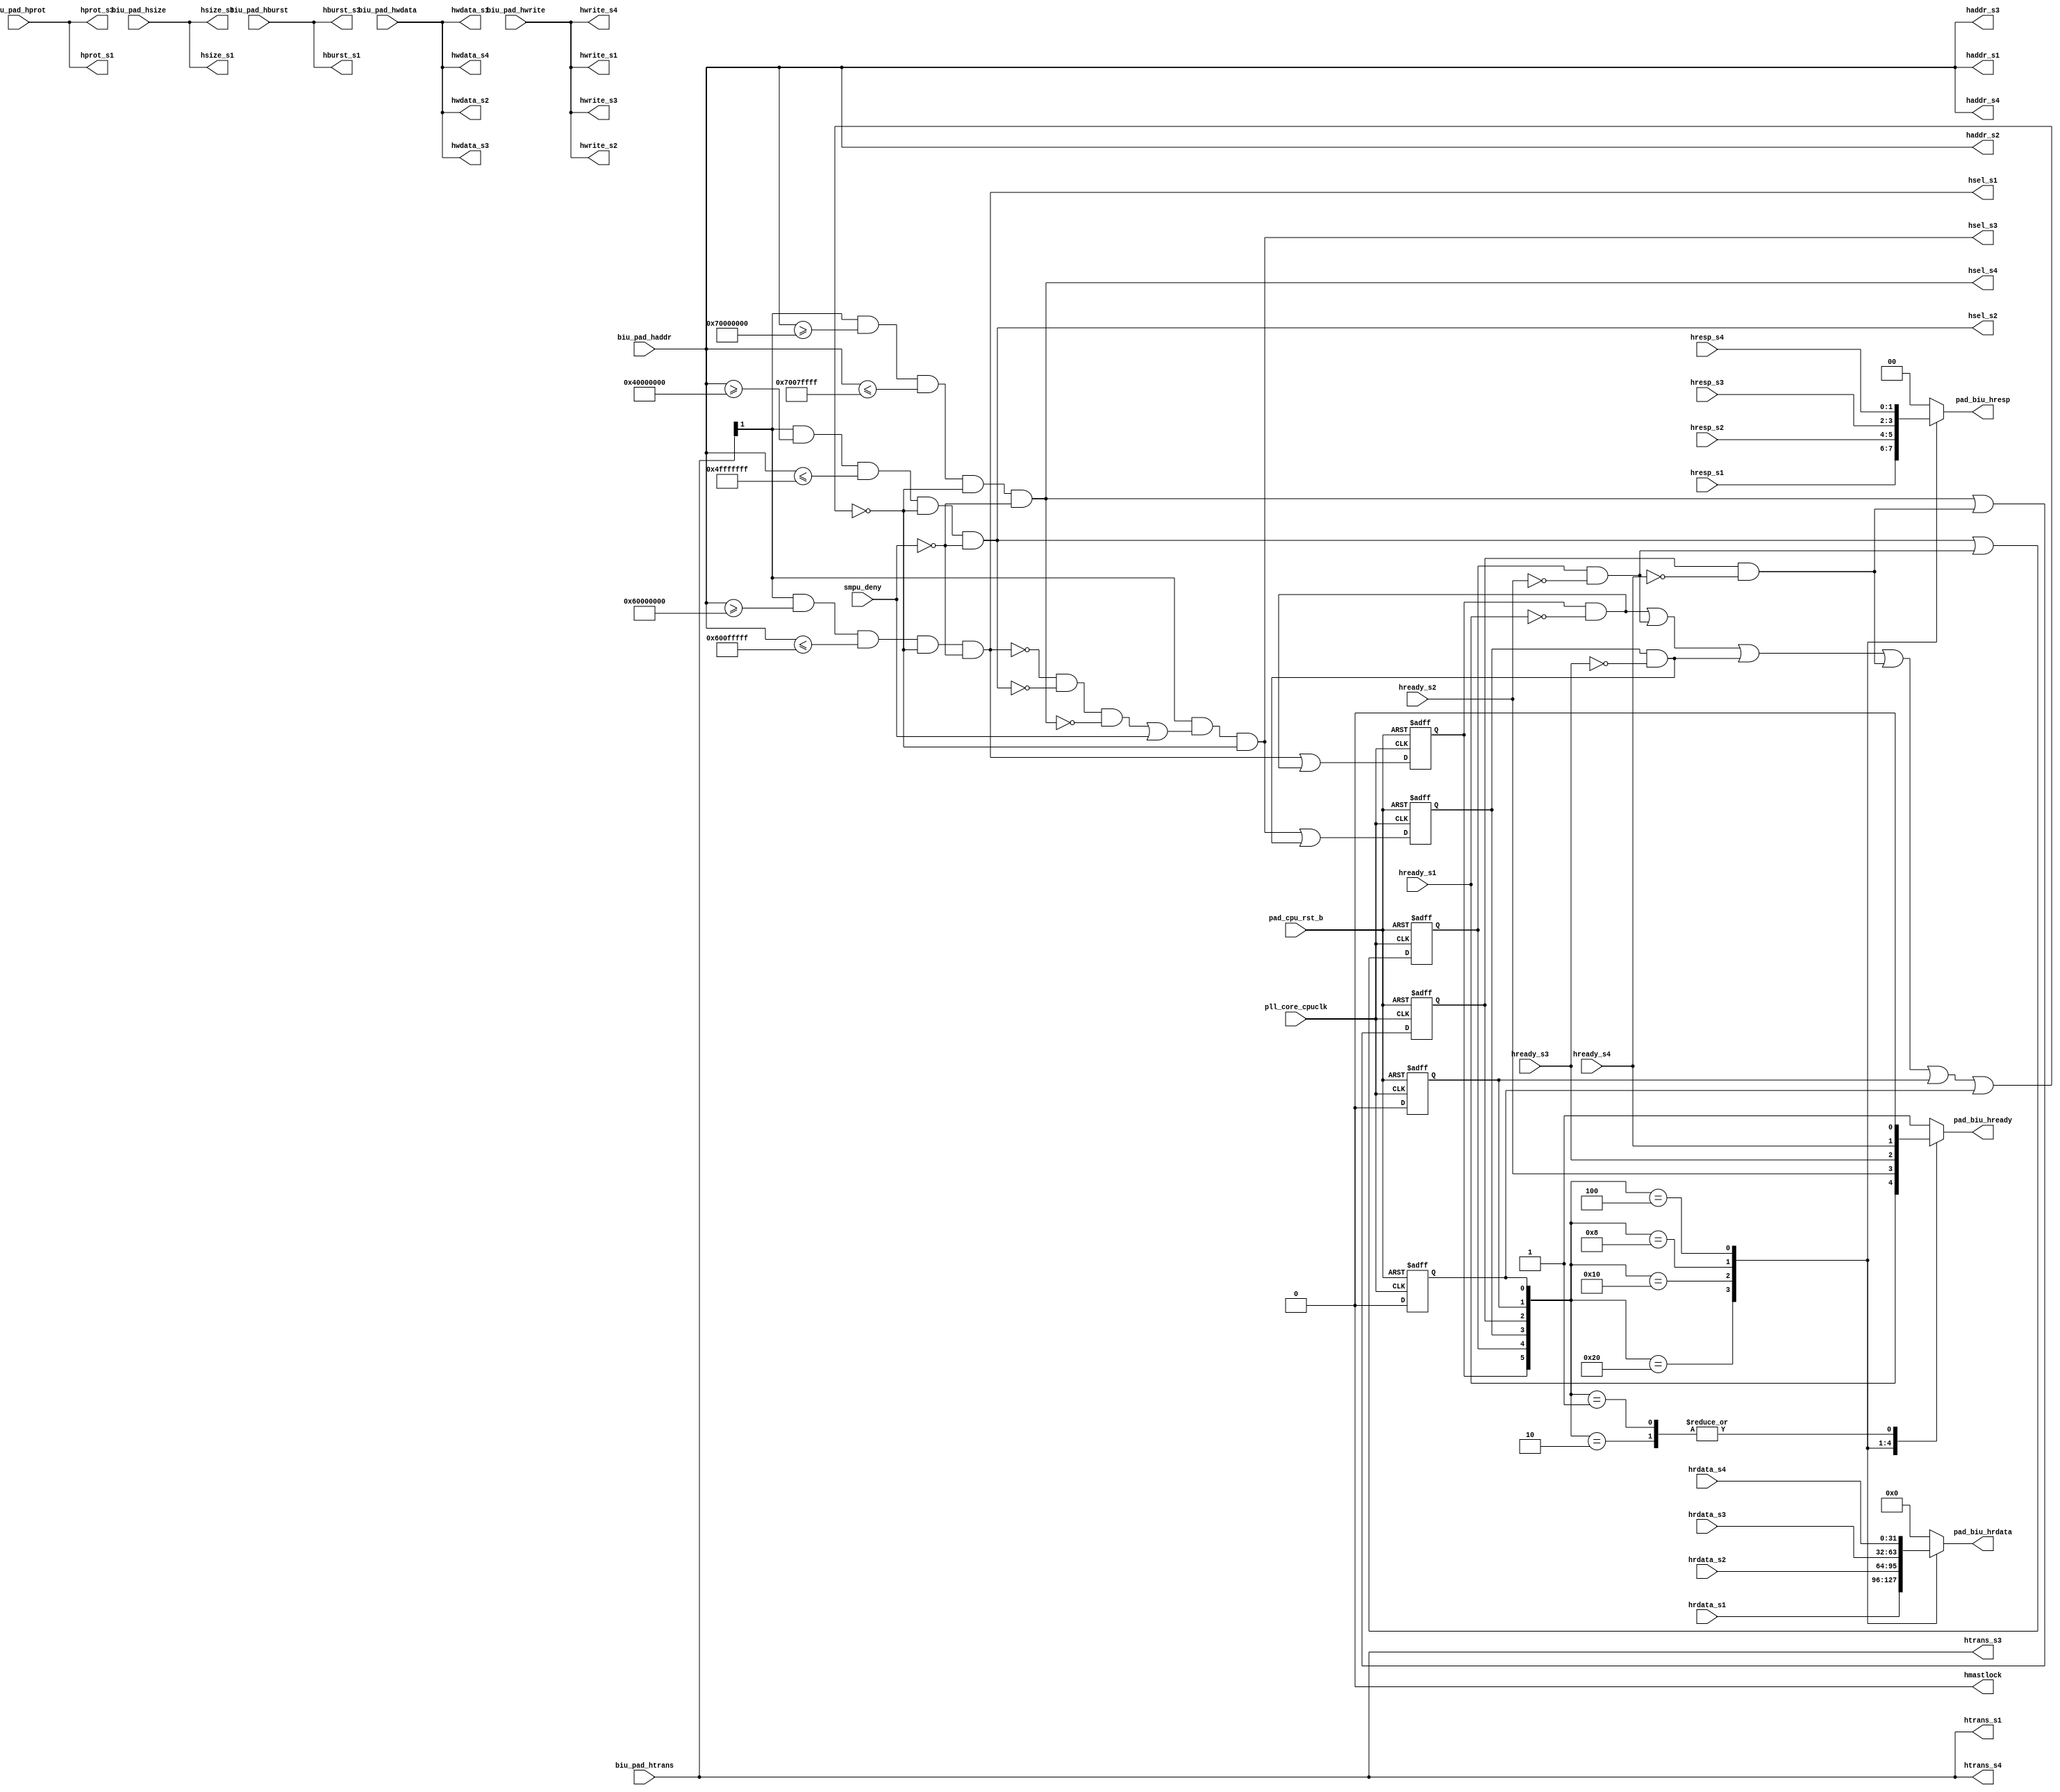
/*Copyright 2020-2021 T-Head Semiconductor Co., Ltd.

Licensed under the Apache License, Version 2.0 (the "License");
you may not use this file except in compliance with the License.
You may obtain a copy of the License at

    http://www.apache.org/licenses/LICENSE-2.0

Unless required by applicable law or agreed to in writing, software
distributed under the License is distributed on an "AS IS" BASIS,
WITHOUT WARRANTIES OR CONDITIONS OF ANY KIND, either express or implied.
See the License for the specific language governing permissions and
limitations under the License.
*/

//SYS MEM
`define S1_BASE_START 32'h60000000
`define S1_BASE_END   32'h600fffff
//APB
`define S2_BASE_START 32'h40000000
`define S2_BASE_END   32'h4fffffff

//IMEM
//`define S6_BASE_START 32'h00000000
`define S6_BASE_START 32'h00000000 //32'h1000_0000
`define S6_BASE_END   32'h0004ffff

//Flash VMA for downloading expalined by @Li Bingzheng 20240418.
`define S4_BASE_START 32'h70000000
`define S4_BASE_END   32'h7007ffff
//DMEM
`define S5_BASE_START 32'h20000000
`define S5_BASE_END   32'h2007ffff

// &Depend("environment.h"); @35
// &ModuleBeg; @36
module ahb(
  biu_pad_haddr,
  biu_pad_hburst,
  biu_pad_hprot,
  biu_pad_hsize,
  biu_pad_htrans,
  biu_pad_hwdata,
  biu_pad_hwrite,
  haddr_s1,
  haddr_s2,
  haddr_s3,
  haddr_s4,
  hburst_s1,
  hburst_s3,
  hmastlock,
  hprot_s1,
  hprot_s3,
  hrdata_s1,
  hrdata_s2,
  hrdata_s3,
  hrdata_s4,
  hready_s1,
  hready_s2,
  hready_s3,
  hready_s4,
  hresp_s1,
  hresp_s2,
  hresp_s3,
  hresp_s4,
  hsel_s1,
  hsel_s2,
  hsel_s3,
  hsel_s4,
  hsize_s1,
  hsize_s3,
  htrans_s1,
  htrans_s3,
  htrans_s4,
  hwdata_s1,
  hwdata_s2,
  hwdata_s3,
  hwdata_s4,
  hwrite_s1,
  hwrite_s2,
  hwrite_s3,
  hwrite_s4,
  pad_biu_hrdata,
  pad_biu_hready,
  pad_biu_hresp,
  pad_cpu_rst_b,
  pll_core_cpuclk,
  smpu_deny
);

// &Ports; @37
input   [31:0]  biu_pad_haddr;  
input   [2 :0]  biu_pad_hburst; 
input   [3 :0]  biu_pad_hprot;  
input   [2 :0]  biu_pad_hsize;  
input   [1 :0]  biu_pad_htrans; 
input   [31:0]  biu_pad_hwdata; 
input           biu_pad_hwrite; 
input   [31:0]  hrdata_s1;      
input   [31:0]  hrdata_s2;      
input   [31:0]  hrdata_s3;
input	[31:0]	hrdata_s4;      
input           hready_s1;      
input           hready_s2;      
input           hready_s3;
input           hready_s4;      
input   [1 :0]  hresp_s1;       
input   [1 :0]  hresp_s2;       
input   [1 :0]  hresp_s3; 
input   [1 :0]  hresp_s4;      
input           pad_cpu_rst_b;  
input           pll_core_cpuclk; 
input           smpu_deny;      
output  [31:0]  haddr_s1;       
output  [31:0]  haddr_s2;       
output  [31:0]  haddr_s3;
output  [31:0]	haddr_s4;       
output  [2 :0]  hburst_s1;      
output  [2 :0]  hburst_s3;      
output          hmastlock;      
output  [3 :0]  hprot_s1;       
output  [3 :0]  hprot_s3;       
output          hsel_s1;        
output          hsel_s2;        
output          hsel_s3; 
output          hsel_s4;       
output  [2 :0]  hsize_s1;       
output  [2 :0]  hsize_s3;      
output  [1 :0]  htrans_s1;      
output  [1 :0]  htrans_s3;
output  [1 :0]  htrans_s4;      
output  [31:0]  hwdata_s1;      
output  [31:0]  hwdata_s2;      
output  [31:0]  hwdata_s3;
output  [31:0]  hwdata_s4;      
output          hwrite_s1;      
output          hwrite_s2;      
output          hwrite_s3;
output 		hwrite_s4;      
output  [31:0]  pad_biu_hrdata; 
output          pad_biu_hready; 
output  [1 :0]  pad_biu_hresp;  

// &Regs; @38
reg             busy_s1;        
reg             busy_s2;        
reg             busy_s3;        
reg             busy_s4;        
reg             busy_s5;
reg		busy_s6;        
reg     [31:0]  pad_biu_hrdata; 
reg             pad_biu_hready; 
reg     [1 :0]  pad_biu_hresp;  

// &Wires; @39
wire            arb_block;      
wire    [31:0]  biu_pad_haddr;  
wire    [2 :0]  biu_pad_hburst; 
wire    [3 :0]  biu_pad_hprot;  
wire    [2 :0]  biu_pad_hsize;  
wire    [1 :0]  biu_pad_htrans; 
wire    [31:0]  biu_pad_hwdata; 
wire            biu_pad_hwrite; 
wire    [31:0]  haddr_s1;       
wire    [31:0]  haddr_s2;       
wire    [31:0]  haddr_s3; 
wire	[31:0]  haddr_s4;      
wire    [2 :0]  hburst_s1;      
wire    [2 :0]  hburst_s2;      
wire    [2 :0]  hburst_s3;    
wire            hmastlock;      
wire    [3 :0]  hprot_s1;       
wire    [3 :0]  hprot_s2;       
wire    [3 :0]  hprot_s3;       
wire    [31:0]  hrdata_s1;      
wire    [31:0]  hrdata_s2;      
wire    [31:0]  hrdata_s3;      
wire    [31:0]  hrdata_s4;      
wire    [31:0]  hrdata_s5;
wire    [31:0]  hrdata_s6;    
wire            hready_s1;      
wire            hready_s2;      
wire            hready_s3;      
wire            hready_s4;      
wire            hready_s5;
wire            hready_s6;      
wire    [1 :0]  hresp_s1;       
wire    [1 :0]  hresp_s2;       
wire    [1 :0]  hresp_s3;       
wire    [1 :0]  hresp_s4;       
wire    [1 :0]  hresp_s5; 
wire 	[1 :0]  hresp_s6;    
wire            hsel_s1;        
wire            hsel_s2;        
wire            hsel_s3;        
wire            hsel_s4;        
wire            hsel_s5;
wire		hsel_s6;        
wire    [2 :0]  hsize_s1;       
wire    [2 :0]  hsize_s2;       
wire    [2 :0]  hsize_s3; 
wire    [2 :0]  hsize_s4;      
wire    [1 :0]  htrans_s1;      
wire    [1 :0]  htrans_s2;      
wire    [1 :0]  htrans_s3;
wire    [1 :0]  htrans_s4;      
wire    [31:0]  hwdata_s1;      
wire    [31:0]  hwdata_s2;      
wire    [31:0]  hwdata_s3;
wire    [31:0]  hwdata_s4;      
wire            hwrite_s1;      
wire            hwrite_s2;      
wire            hwrite_s3;
wire		hwrite_s4;      
wire            pad_cpu_rst_b;  
wire            pll_core_cpuclk; 
wire            pre_busy_s1;    
wire            pre_busy_s2;    
wire            pre_busy_s3;    
wire            pre_busy_s4;    
wire            pre_busy_s5;
wire		pre_busy_s6;    
wire            smpu_deny;      




// Support AHB LITE
assign    hmastlock            =    1'b0; 
// &Force("input","biu_pad_hbusreq"); @48

assign    haddr_s1[31:0]       =    biu_pad_haddr[31:0];  
assign    hburst_s1[2:0]       =    biu_pad_hburst[2:0]; 
assign    hprot_s1[3:0]        =    biu_pad_hprot[3:0];  
assign    hsize_s1[2:0]        =    biu_pad_hsize[2:0];  
assign    htrans_s1[1:0]       =    biu_pad_htrans[1:0]; 
assign    hwrite_s1            =    biu_pad_hwrite; 
assign    hwdata_s1[31:0]      =    biu_pad_hwdata[31:0]; 

assign    haddr_s2[31:0]       =    biu_pad_haddr[31:0];  
assign    hburst_s2[2:0]       =    biu_pad_hburst[2:0]; 
assign    hprot_s2[3:0]        =    biu_pad_hprot[3:0];  
assign    hsize_s2[2:0]        =    biu_pad_hsize[2:0];  
assign    htrans_s2[1:0]       =    biu_pad_htrans[1:0]; 
assign    hwrite_s2            =    biu_pad_hwrite; 
assign    hwdata_s2[31:0]      =    biu_pad_hwdata[31:0]; 
// &Force("nonport","hburst_s2"); @68
// &Force("nonport","hsize_s2"); @69
// &Force("nonport","htrans_s2"); @70
// &Force("nonport","hprot_s2"); @71
// &Force("bus","biu_pad_hprot",3,0); @72

assign    haddr_s3[31:0]       =    biu_pad_haddr[31:0];  
assign    hburst_s3[2:0]       =    biu_pad_hburst[2:0]; 
assign    hprot_s3[3:0]        =    biu_pad_hprot[3:0];  
assign    hsize_s3[2:0]        =    biu_pad_hsize[2:0];  
assign    htrans_s3[1:0]       =    biu_pad_htrans[1:0]; 
assign    hwrite_s3            =    biu_pad_hwrite; 
assign    hwdata_s3[31:0]      =    biu_pad_hwdata[31:0]; 

assign    hwdata_s4[31:0]      =    biu_pad_hwdata[31:0];
assign    hwrite_s4	       =    biu_pad_hwrite;
assign    htrans_s4[1:0]       =    biu_pad_htrans[1:0];
assign    haddr_s4[31:0]       =    biu_pad_haddr[31:0];
// &Force("output","hsel_s4"); @95

assign    hready_s5            =    1'b0;
assign    hrdata_s5[31:0]      =    32'b0;
assign    hresp_s5[1:0]        =    2'b0;

// &Force("output","hsel_s5"); @113

assign 	  hready_s6	       =     1'b0;
assign	  hrdata_s6[31:0]      =     32'b0;
assign    hresp_s6[1:0]        =     2'b0;

// &Force("output","hsel_s1"); @117
// &Force("output","hsel_s2"); @118
// &Force("output","hsel_s3"); @119

assign    hsel_s1 = (biu_pad_htrans[1]==1'b1) && (biu_pad_haddr >= `S1_BASE_START) && (biu_pad_haddr <= `S1_BASE_END) 
                  && !arb_block && !smpu_deny;
assign    hsel_s2 = (biu_pad_htrans[1]==1'b1) && (biu_pad_haddr >= `S2_BASE_START) && (biu_pad_haddr <= `S2_BASE_END) 
                  && !arb_block && !smpu_deny;
assign    hsel_s3 = (biu_pad_htrans[1]==1'b1) && (!hsel_s1 && !hsel_s2 && !hsel_s4 && !hsel_s5 
                 || smpu_deny) && !arb_block;

assign    hsel_s4 = (biu_pad_htrans[1]==1'b1) && (biu_pad_haddr >= `S4_BASE_START) && (biu_pad_haddr <= `S4_BASE_END)
                  && !arb_block && !smpu_deny;

assign    hsel_s5 = 0;
assign    hsel_s6 = 0;

assign    pre_busy_s1 = hsel_s1 || busy_s1 && !hready_s1;
assign    pre_busy_s2 = hsel_s2 || busy_s2 && !hready_s2;
assign    pre_busy_s3 = hsel_s3 || busy_s3 && !hready_s3;
assign    pre_busy_s4 = hsel_s4 || busy_s4 && !hready_s4;

assign    pre_busy_s5 = 1'b0;
assign    pre_busy_s6 = 1'b0;
always @(posedge pll_core_cpuclk or negedge pad_cpu_rst_b)
begin
  if(!pad_cpu_rst_b)begin
  busy_s1 <= 1'b0;
  busy_s2 <= 1'b0;
  busy_s3 <= 1'b0;
  busy_s4 <= 1'b0;
  busy_s5 <= 1'b0;
  busy_s6 <= 1'b0;
  end
  else begin
  busy_s1 <= pre_busy_s1;
  busy_s2 <= pre_busy_s2;
  busy_s3 <= pre_busy_s3;
  busy_s4 <= pre_busy_s4;
  busy_s5 <= pre_busy_s5;
  busy_s6 <= pre_busy_s6;
  end
end

assign arb_block = busy_s1 && !hready_s1 ||
                   busy_s2 && !hready_s2 ||
                   busy_s3 && !hready_s3 ||
                   busy_s4 && !hready_s4 ||
                   busy_s5 && !hready_s5 ||
                   busy_s6 && !hready_s6;

//arbitration state machine
// &CombBeg; @182
always @( hresp_s3[1:0]
       or hready_s5
       or hready_s6
       or hresp_s1[1:0]
       or busy_s3
       or busy_s4
       or hresp_s5[1:0]
       or hresp_s6[1:0]
       or hrdata_s3[31:0]
       or hready_s3
       or busy_s2
       or hrdata_s2[31:0]
       or hrdata_s1[31:0]
       or hresp_s4[1:0]
       or busy_s5
       or busy_s6
       or hready_s2
       or busy_s1
       or hrdata_s4[31:0]
       or hready_s4
       or hrdata_s5[31:0]
       or hrdata_s6[31:0]
       or hresp_s2[1:0]
       or hready_s1)
begin
  case({busy_s1,busy_s2,busy_s3,busy_s4,busy_s5,busy_s6})
    6'b100000:
    begin
      pad_biu_hrdata[31:0] = hrdata_s1[31:0];
      pad_biu_hready       = hready_s1;
      pad_biu_hresp[1:0]   = hresp_s1[1:0];
    end
    6'b010000:
    begin
      pad_biu_hrdata[31:0] = hrdata_s2[31:0];
      pad_biu_hready       = hready_s2;
      pad_biu_hresp[1:0]   = hresp_s2[1:0];
    end
    6'b001000:
    begin 
      pad_biu_hrdata[31:0] = hrdata_s3[31:0];
      pad_biu_hready       = hready_s3;
      pad_biu_hresp[1:0]   = hresp_s3[1:0];
    end
    6'b000100:
    begin 
      pad_biu_hrdata[31:0] = hrdata_s4[31:0];
      pad_biu_hready       = hready_s4;
      pad_biu_hresp[1:0]   = hresp_s4[1:0];
    end
    6'b000010:
    begin 
      pad_biu_hrdata[31:0] = hrdata_s5[31:0];
      pad_biu_hready       = hready_s5;
      pad_biu_hresp[1:0]   = hresp_s5[1:0];
    end
    6'b000001:
    begin
      pad_biu_hrdata[31:0] = hrdata_s6[31:0];
      pad_biu_hready	   = hready_s6;
      pad_biu_hresp[1:0]   = hresp_s6[1:0];
    end
    default:
    begin
      pad_biu_hrdata[31:0] = 32'b0;
      pad_biu_hready       = 1'b1;
      pad_biu_hresp[1:0]   = 2'b0;
    end
  endcase
// &CombEnd; @221
end
// &ModuleEnd; @222
endmodule